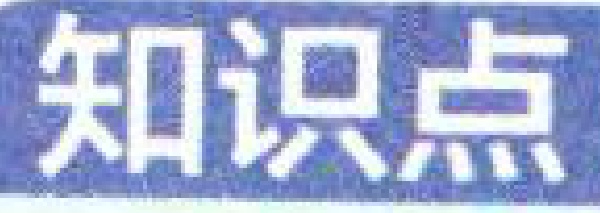
知识点